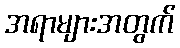
အရာများအတွက်